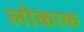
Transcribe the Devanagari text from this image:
लोकाक